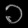
Digit: ၁